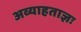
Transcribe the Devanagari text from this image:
अव्याहताज्ञः